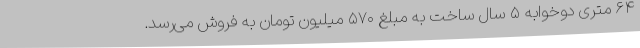
۶۴ متری دوخوابه ۵ سال ساخت به مبلغ ۵۷۰ میلیون تومان به فروش می‌رسد.